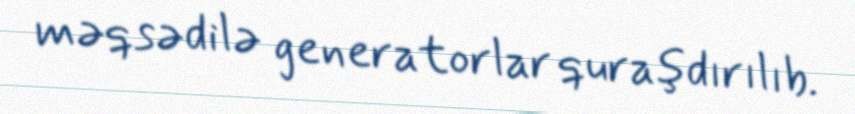
məqsədilə generatorlar quraşdırılıb.